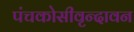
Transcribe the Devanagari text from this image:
पंचकोसीवृन्दावन